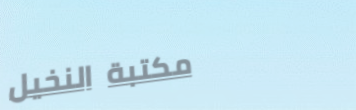
مكتبة النخيل